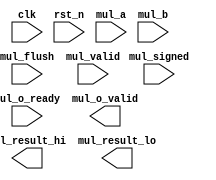
// Multiplier using Booth algorithm
// Copyright (C) 2024  LiuBingxu

// This program is free software: you can redistribute it and/or modify
// it under the terms of the GNU General Public License as published by
// the Free Software Foundation, either version 3 of the License, or
// (at your option) any later version.

// This program is distributed in the hope that it will be useful,
// but WITHOUT ANY WARRANTY; without even the implied warranty of
// MERCHANTABILITY or FITNESS FOR A PARTICULAR PURPOSE.  See the
// GNU General Public License for more details.

// You should have received a copy of the GNU General Public License
// along with this program.  If not, see <https://www.gnu.org/licenses/>.

// Please contact me through the following email: <qwe15889844242@163.com>

module booth_mul(
    input               clk,
    input               rst_n,
    input               mul_flush,
    input               mul_valid,
    // output              mul_ready,
    input   [1:0]       mul_signed,
    input   [63:0]      mul_a,
    input   [63:0]      mul_b,
    output  [63:0]      mul_result_hi,
    output  [63:0]      mul_result_lo,
    // output              mul_busy,
    input               mul_o_ready,
    output              mul_o_valid
);

//!
//todo

endmodule //booth_mul